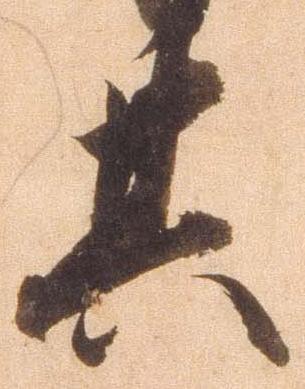
其